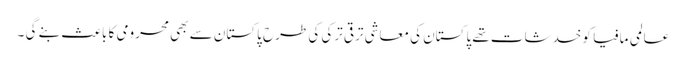
عالمی مافیا کو خدشات تھے پاکستان کی معاشی ترقی ترکی کی طرح پاکستان سے بھی محرومی کا باعث بنے گی ۔